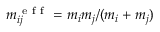
m _ { i j } ^ { \mathrm { ~ e ~ f ~ f ~ } } = m _ { i } m _ { j } / ( m _ { i } + m _ { j } )